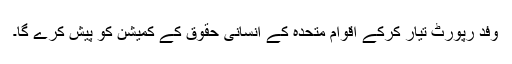
وفد رپورٹ تیار کرکے اقوام متحدہ کے انسانی حقوق کے کمیشن کو پیش کرے گا۔